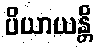
ပိယာယန္တိ